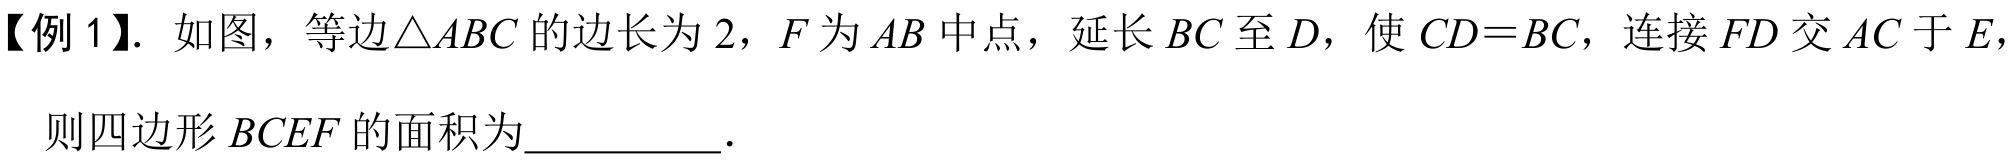
【例 1】. 如图，等边\(\triangle ABC\) 的边长为 \(2\)，\(F\) 为 \(AB\) 中点，延长 \(BC\) 至 \(D\)，使 \(CD = BC\)，连接 \(FD\) 交 \(AC\) 于 \(E\)，则四边形 \(BCEF\) 的面积为__________．